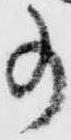
事